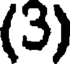
(3)